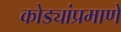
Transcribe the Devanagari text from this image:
कोड्यांप्रमाणे